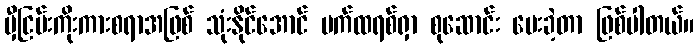
မှီငြမ်းကိုးကားစရာအဖြစ် သုံးနိုင်အောင် ပက်ထရစ်ရှာ စုဆောင်း ပေးခဲ့တာ ဖြစ်ပါတယ်။